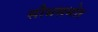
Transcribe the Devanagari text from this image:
सौधसमोर